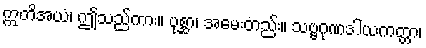
ဣတိအယံ၊ ဤသည်ကား။ ပုစ္ဆာ၊ အမေးတည်း။ သဗ္ဗဂုဏဒါယကတ္တာ၊